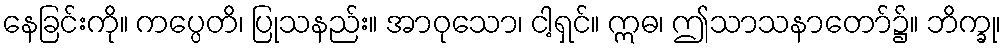
နေခြင်းကို။ ကပ္ပေတိ၊ ပြုသနည်း။ အာဝုသော၊ ငါ့ရှင်။ ဣဓ၊ ဤသာသနာတော်၌။ ဘိက္ခု၊